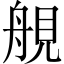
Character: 䚀